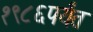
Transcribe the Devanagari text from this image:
१९८६पर्यंत